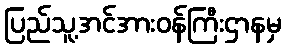
ပြည်သူ့အင်အားဝန်ကြီးဌာနမှ